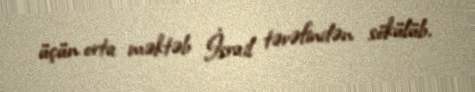
üçün orta məktəb İsrail tərəfindən sökülüb.